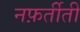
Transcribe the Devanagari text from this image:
नफ़र्तीती